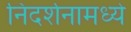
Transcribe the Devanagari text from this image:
निदर्शनामध्ये